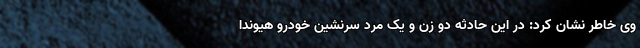
وی خاطر نشان کرد: در این حادثه دو زن و یک مرد سرنشین خودرو هیوندا